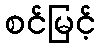
စင်မြင့်